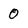
Character: 0